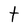
Character: t